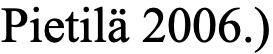
Pietilä 2006.)